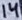
Text: 14